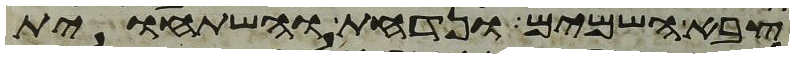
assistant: צבא השמים ונדחת והשתחוית